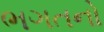
ભગતનો